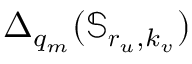
\Delta _ { q _ { m } } ( \mathbb { S } _ { \boldsymbol { r } _ { u } , k _ { v } } )